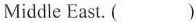
Middle East.( )